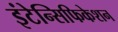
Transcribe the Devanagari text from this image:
इंटेन्सिफिकेशन